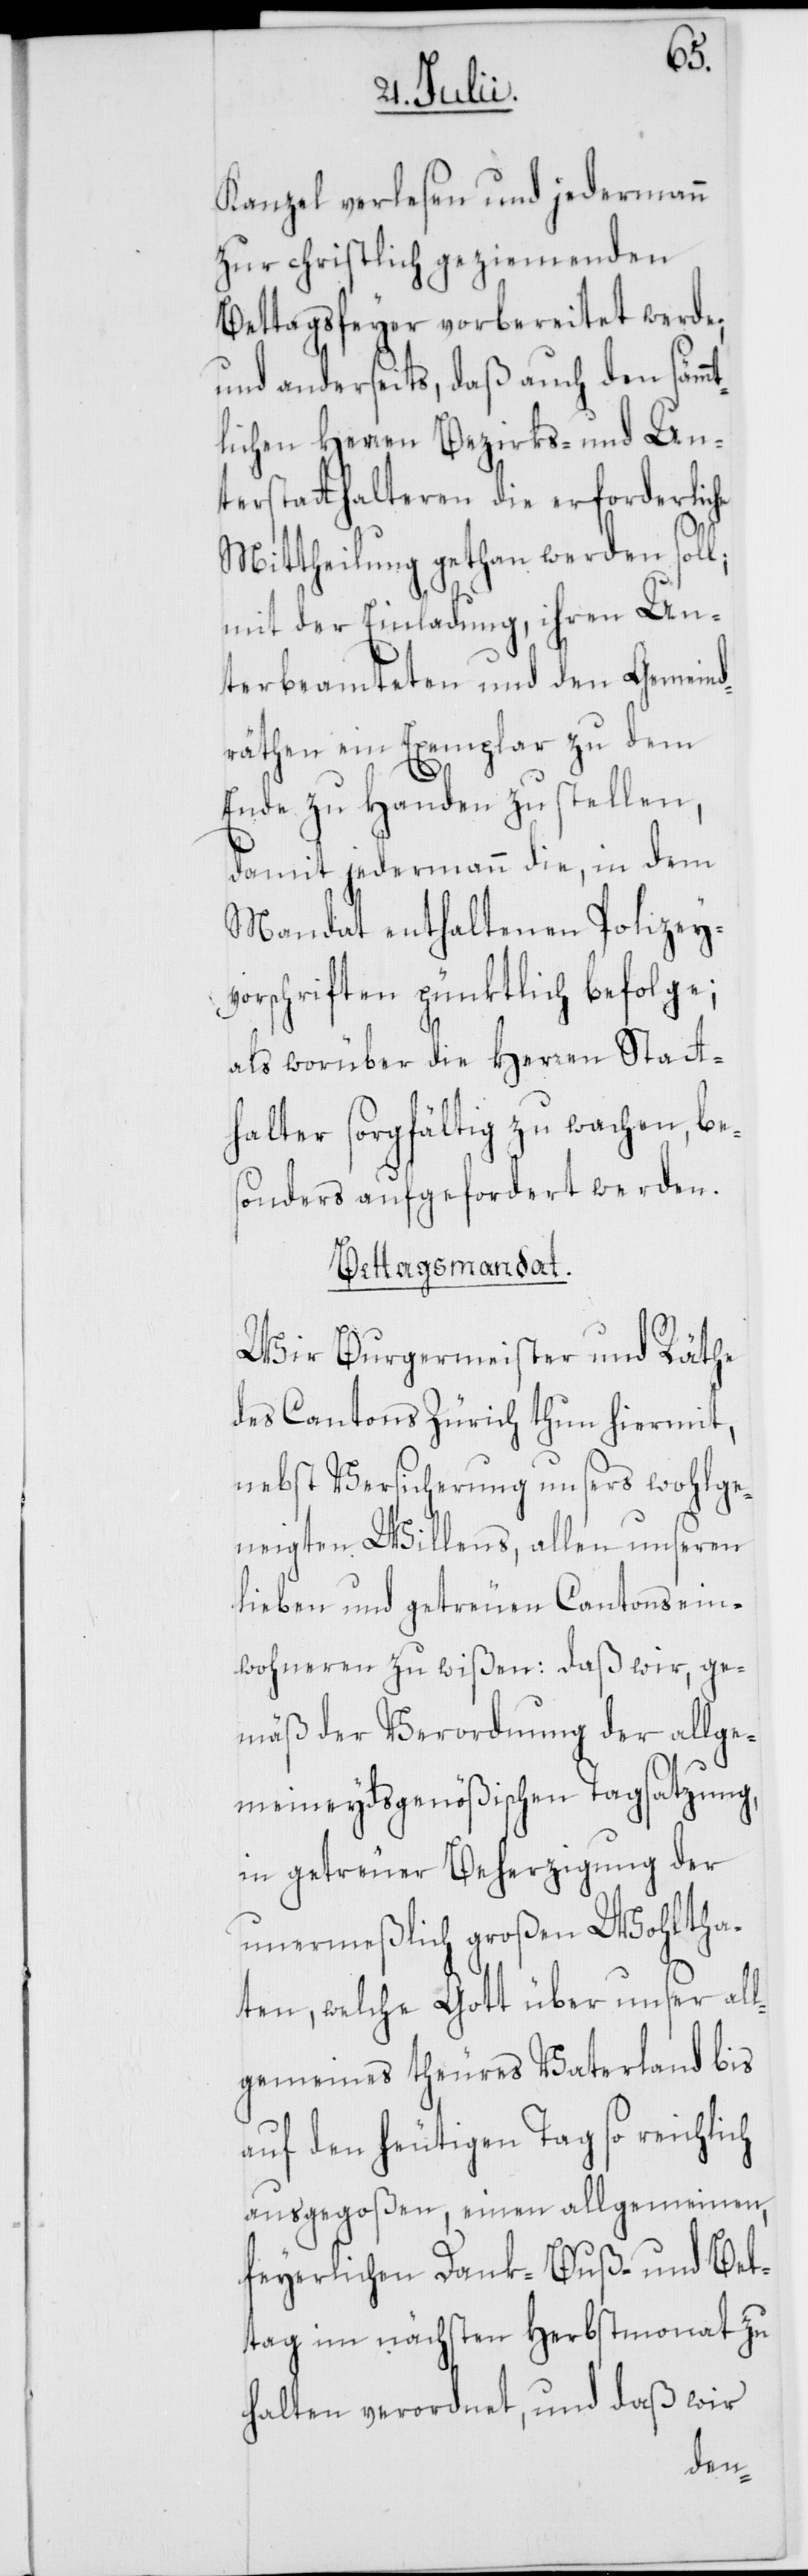
mt¬
Kanzel verlesen und jedermann
zur christlich geziemenden
Bettagsfeyer vorbereitet werde;
und anderseits, daß auch den säm¬
lichen Herren Bezirks- und Un¬
terstatthalteren die erforderliche
Mittheilung gethan werden soll;
mit der Einladung, ihren Un¬
terbeamteten und den Gemeind¬
räthen ein Exemplar zu dem
Ende zu Handen zu stellen,
damit jedermann die, in dem
Mandat enthaltenen Polizey¬
vorschriften pünktlich befolge;
als worüber die Herren Statt¬
halter sorgfältig zu wachen, be¬
sonders aufgefordert werden.
Bettagsmandat.
Wir Burgermeister und Räthe
des Cantons Zürich thun hiermit,
nebst Versicherung unsers wohlge¬
neigten Willens, allen unseren
lieben und getreuen Cantonsein¬
wohneren zu wißen: daß wir, ge¬
mäß der Verordnung der allge¬
meineydsgenößischen Tagsatzung,
in getreuer Beherzigung der
unermeßlich großen Wohltha¬
ten, welche Gott über unser all¬
gemeines theures Vaterland bis
auf den heutigen Tag so reichlich
ausgegoßen, einen allgemeinen,
feyerlichen Dank-[,] Buß- und Bet¬
tag im nächsten Herbstmonat zu
halten verordnet, und daß wir